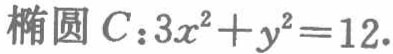
椭圆 \(C:3x^{2}+y^{2}=12\)